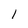
Character: l